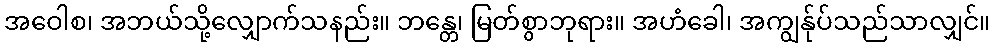
အဝေါစ၊ အဘယ်သို့လျှောက်သနည်း။ ဘန္တေ၊ မြတ်စွာဘုရား။ အဟံခေါ၊ အကျွန်ုပ်သည်သာလျှင်။